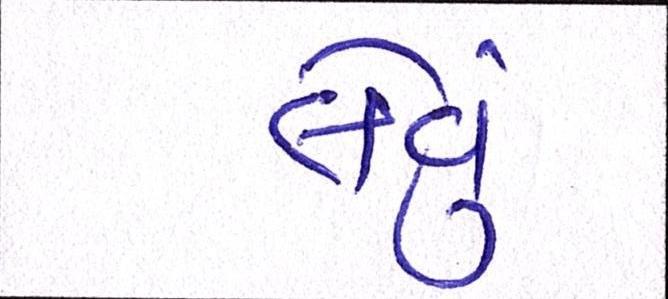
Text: લેવું